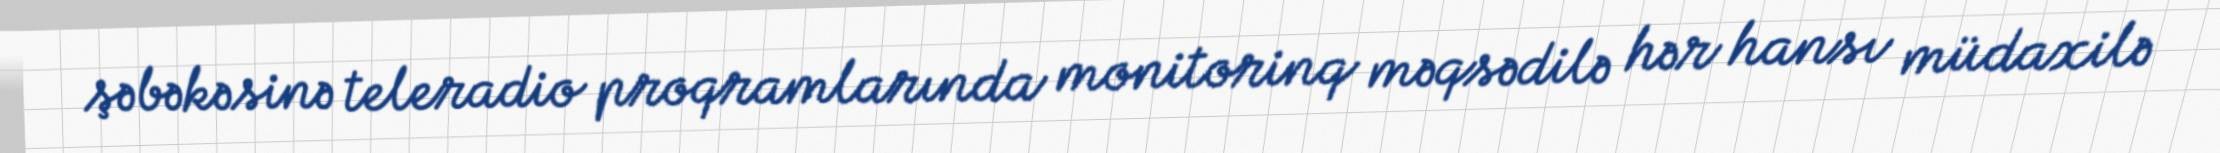
şəbəkəsinə teleradio proqramlarında monitorinq məqsədilə hər hansı müdaxilə